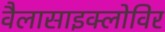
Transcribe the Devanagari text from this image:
वैलासाइक्लोविर